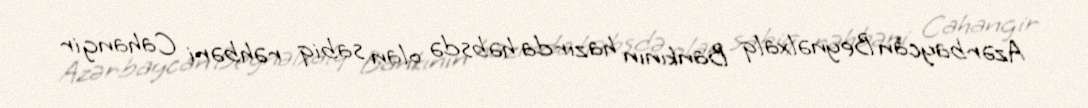
Azərbaycan Beynəlxalq Bankının hazırda həbsdə olan sabiq rəhbəri Cahangir